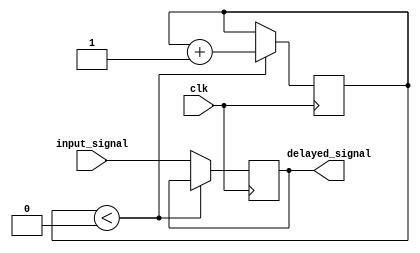
module timing_control_and_sync_block (
    input wire input_signal,
    input wire clk,
    output reg delayed_signal
);

reg [3:0] delay_length = 4'b0000; // set default delay length
reg [3:0] counter = 4'b0000;

always @(posedge clk) begin
    if (counter < delay_length) begin
        counter <= counter + 1'b1;
    end else begin
        delayed_signal <= input_signal;
    end
end

endmodule